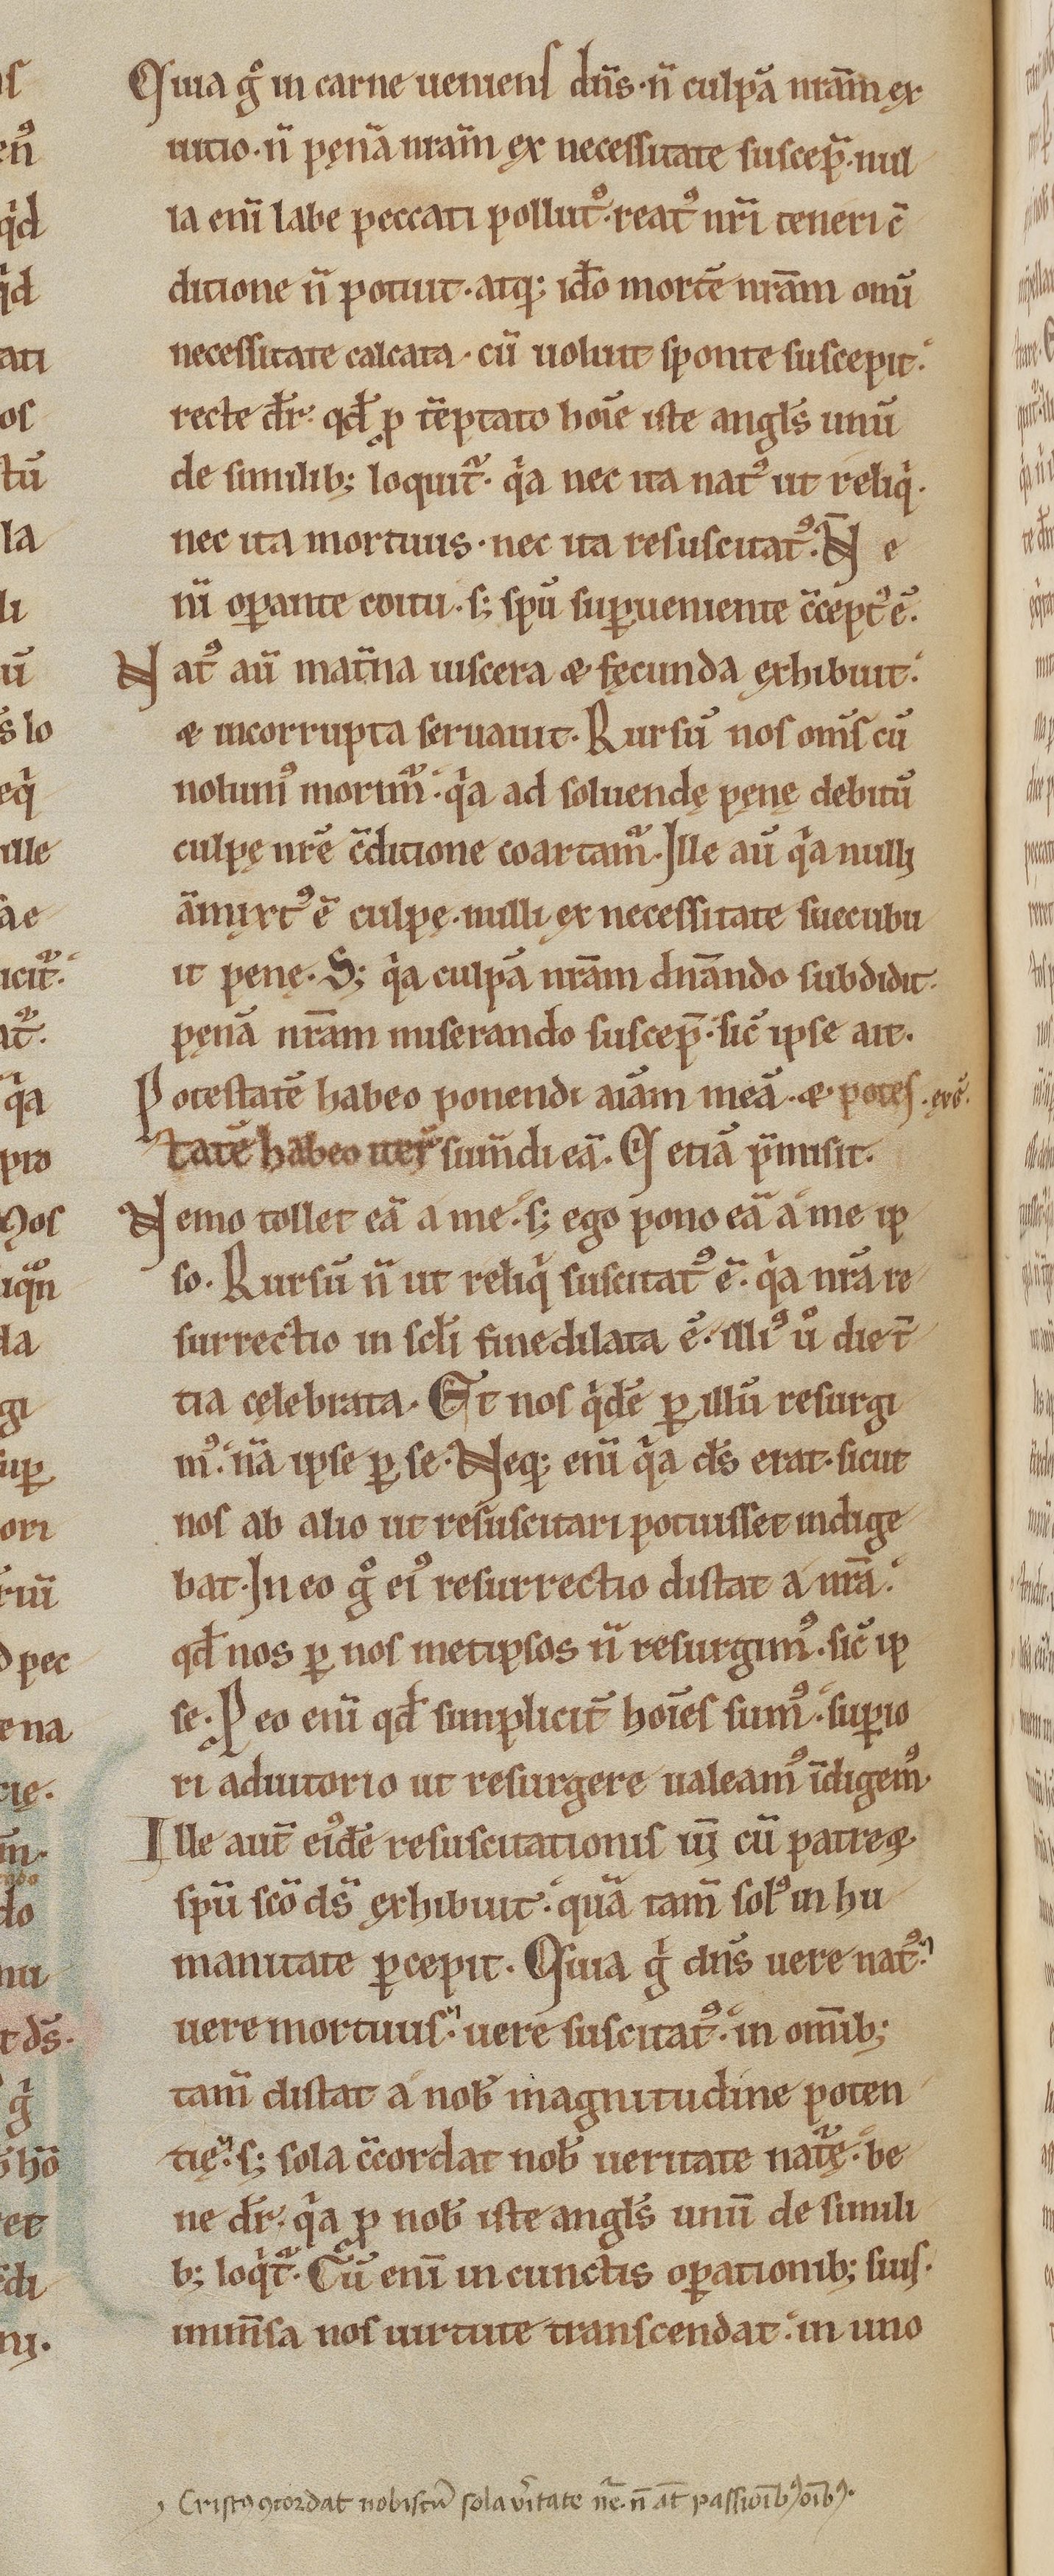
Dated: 1170–1199